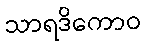
သာရဒိကောဝ